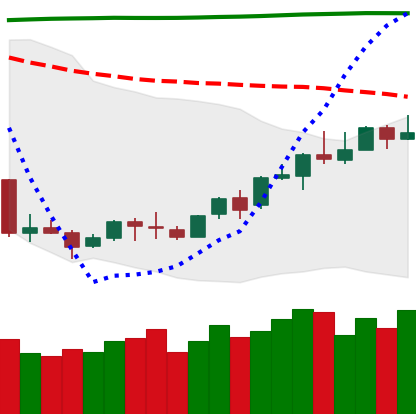
Ticker: LINK-USD
Chart end date: 2018-04-17
Forward return: 19.798%
Label: up_7plus